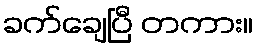
ခက်ချေပြီ တကား။